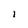
Character: i